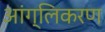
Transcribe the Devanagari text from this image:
आंग्लिकरण